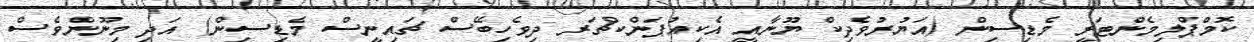
ކޮމްޕްލިމެންޓަރީ މެޑިސިން (އަޔުރުވެދިކް ޔޫނާއީ އެކިއުޕަންކްޗަރ ދިވެހިބޭސް ޗައިނީސް މެޑިސިން) އަދި މިނޫންވެސް